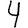
Digit: 4